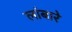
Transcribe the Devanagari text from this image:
लांबारे